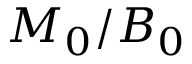
M _ { 0 } / B _ { 0 }